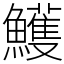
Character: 鱯